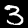
Digit: 3